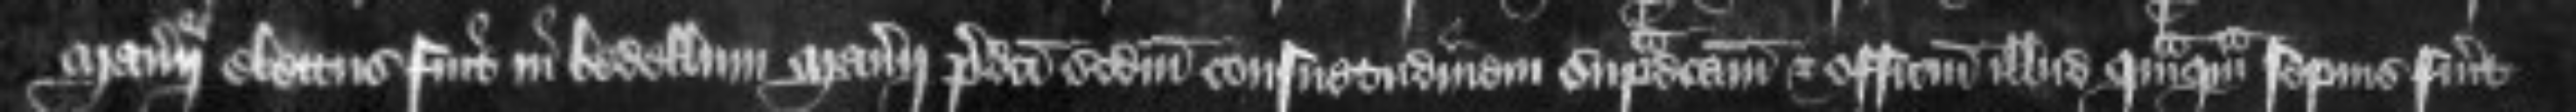
manerii electus fuit in bedellum manerii predicti secundum consuetudinem supradictam et officium illud quanquam sepius fuerit